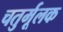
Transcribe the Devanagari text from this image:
चतुर्मूलक